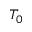
T _ { 0 }